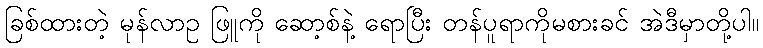
ခြစ်ထားတဲ့ မုန်လာဥ ဖြူကို ဆော့စ်နဲ့ ရောပြီး တန်ပူရာကိုမစားခင် အဲဒီမှာတို့ပါ။